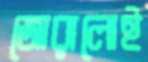
জোরালোই